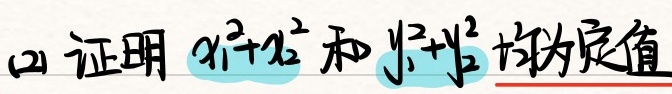
(2) 证明 $x_{1}^{2}+x_{2}^{2}$ 和 $y_{1}^{2}+y_{2}^{2}$ 均为定值